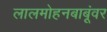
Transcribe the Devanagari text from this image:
लालमोहनबाबूंवर